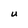
Character: U